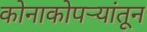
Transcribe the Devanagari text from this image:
कोनाकोपर्‍यांतून